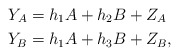
\begin{align*} Y_A & = h_1 A + h_2 B+Z_A\\ Y_B & = h_1 A + h_3 B+Z_B, \end{align*}